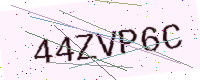
Text: 44ZVP6C